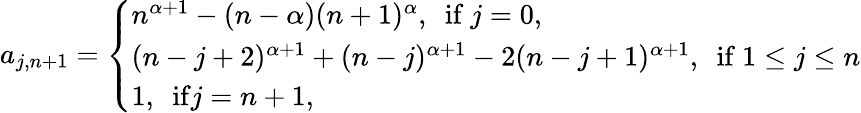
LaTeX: a_{j,n+1}=\left\{ \begin{array}{lll}{n^{\alpha+1}-(n-\alpha)(n+1)^{\alpha},\ \ \mathrm{if}\ j=0,}\\ {(n-j+2)^{\alpha+1}+(n-j)^{\alpha+1}-2(n-j+1)^{\alpha+1},\ \ \mathrm{if}\ 1\leq j\leq n}\\ {1,\ \ \mathrm{if}j=n+1,}\end{array}\right.